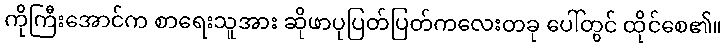
ကိုကြီးအောင်က စာရေးသူအား ဆိုဖာပုပြတ်ပြတ်ကလေးတခု ပေါ်တွင် ထိုင်စေ၏။